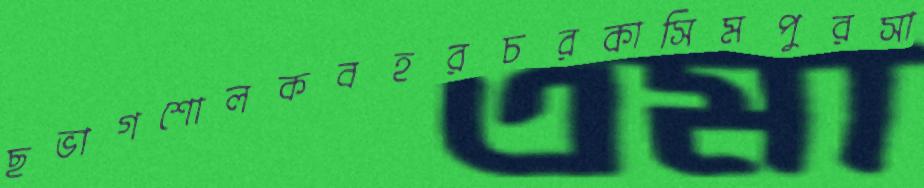
ছভাগশোলকবহরচরকাসিমপুরসা